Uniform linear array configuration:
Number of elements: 24
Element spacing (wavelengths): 1
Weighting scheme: uniform
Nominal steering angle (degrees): -15
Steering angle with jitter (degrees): -14.541
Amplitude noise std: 0.05
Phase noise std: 0.05

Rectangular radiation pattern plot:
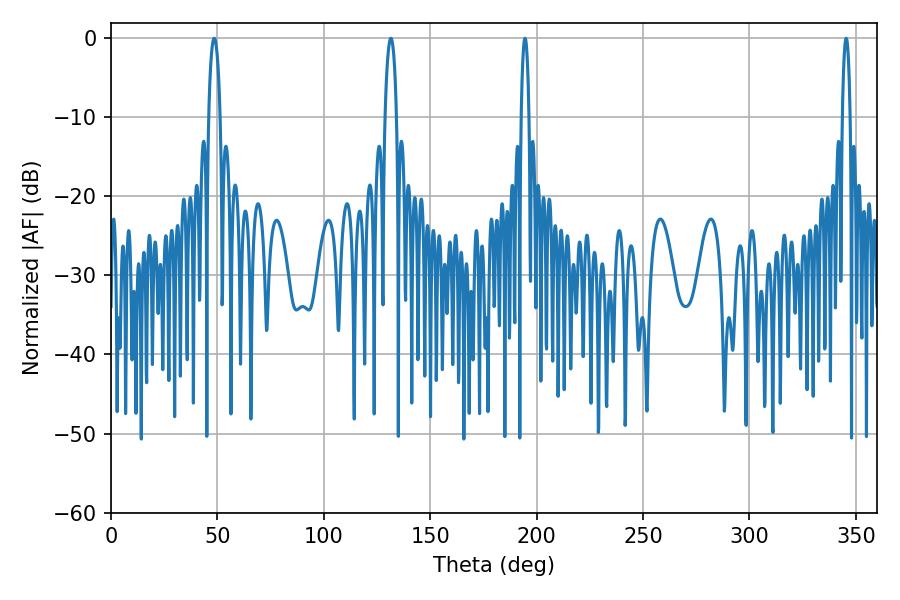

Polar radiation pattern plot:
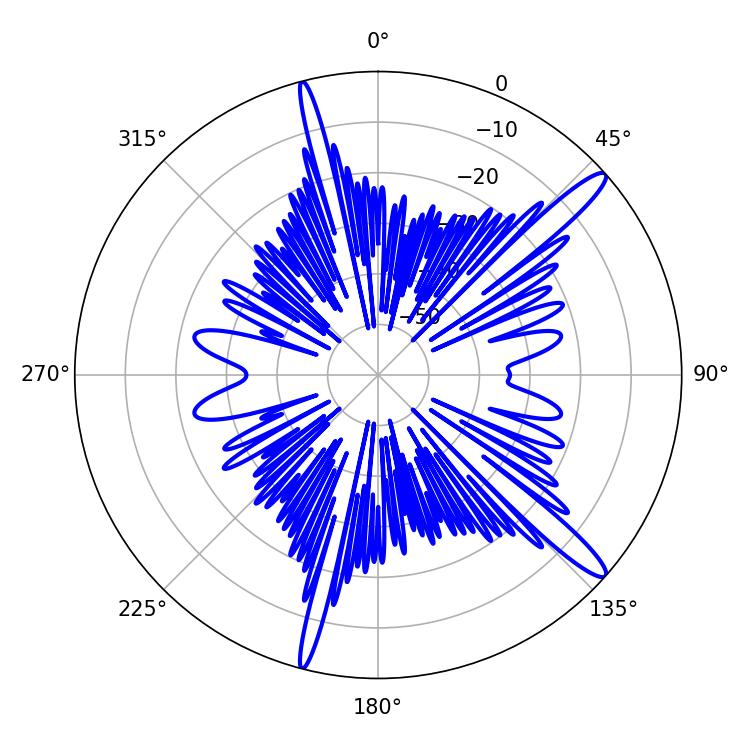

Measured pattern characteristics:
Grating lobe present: TRUE
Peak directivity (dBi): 14.494
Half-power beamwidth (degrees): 1.98
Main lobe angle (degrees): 345.42